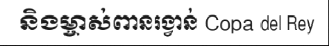
និងម្ចាស់ពានរង្វាន់ Copa del Rey